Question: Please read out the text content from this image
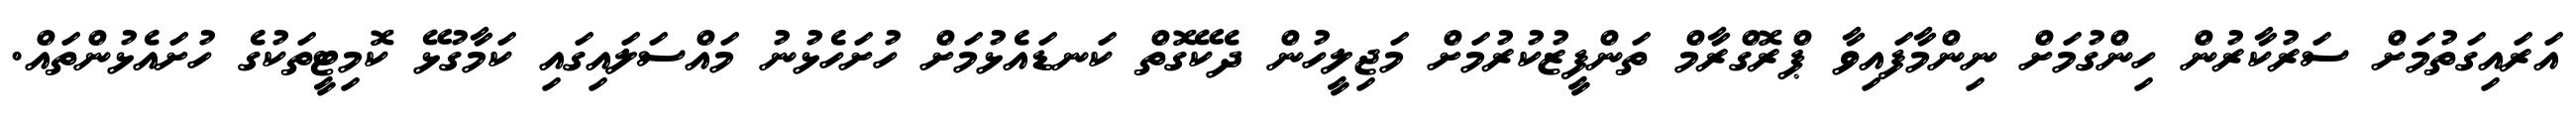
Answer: އަރައިގަތުމަށް ސަރުކާރުން ހިންގުމަށް ނިންމާފައިވާ ޕްރޮގްރާމް ތަންފީޒުކުރުމަށް މަޖިލީހުން ދެކޭގޮތް ކަނޑައެޅުމަށް ހުށަހެޅުނު މައްސަލައިގައި ކަމާގުޅޭ ކޮމިޓީތަކުގެ ހުށައެޅުންތައް.